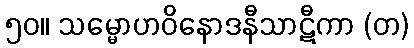
၅၀။ သမ္မောဟဝိနောဒနီသာဋီကာ (တ)